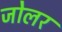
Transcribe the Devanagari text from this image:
जोलर